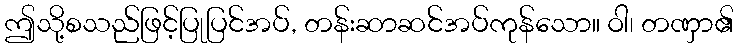
ဤသို့စသည်ဖြင့်ပြုပြင်အပ်, တန်းဆာဆင်အပ်ကုန်သော။ ဝါ၊ တဏှာ၏